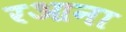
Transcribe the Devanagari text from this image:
रआना